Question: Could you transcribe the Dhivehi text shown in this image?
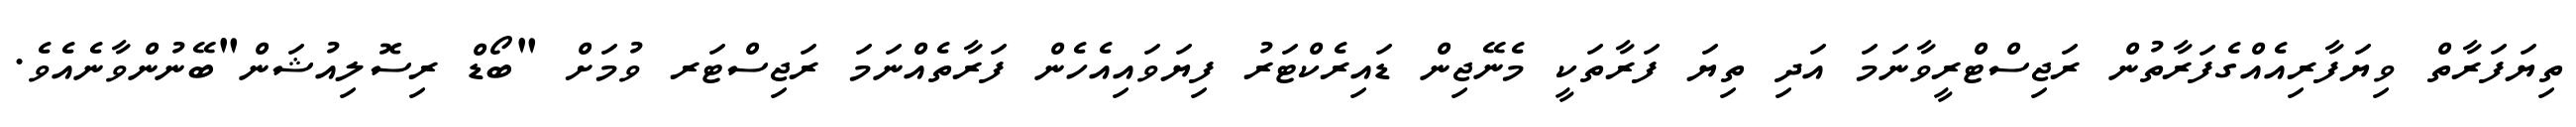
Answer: ތިޔަފަރާތް ވިޔަފާރިއެއްގެފަރާތުން ރަޖިސްޓްރީވާނަމަ އަދި ތިޔަ ފަރާތަކީ މެނޭޖިން ޑައިރެކްޓަރު ފިޔަވައިއެހެން ފަރާތެއްނަމަ ރަޖިސްޓަރ ވުމަށް "ބޯޑް ރިސޮލިއުޝަން"ބޭނުންވާނެއެވެ.